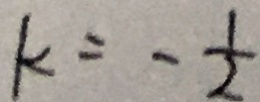
k = - \frac { 1 } { 2 }